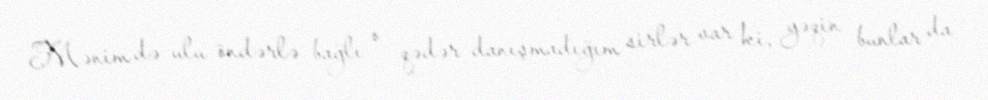
Mənim də ulu öndərlə bağlı o qədər danışmadığım sirlər var ki, yəqin bunlar da